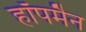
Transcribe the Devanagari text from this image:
हॉपमैन